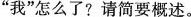
”我”怎么了?请简要概述。